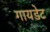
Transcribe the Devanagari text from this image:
गायडेट